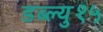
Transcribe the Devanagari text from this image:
डब्ल्यु१५